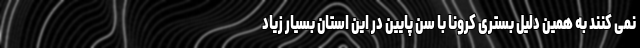
نمی کنند به همین دلیل بستری کرونا با سن پایین در این استان بسیار زیاد